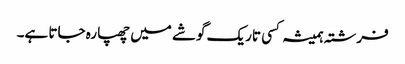
فرشتہ ہمیشہ کسی تاریک گوشے میں چھپا رہ جاتا ہے۔